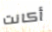
أكانت